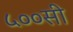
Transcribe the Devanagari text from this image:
५००सी